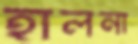
হালনা